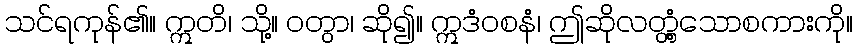
သင်ရကုန်၏။ ဣတိ၊ သို့။ ဝတွာ၊ ဆို၍။ ဣဒံဝစနံ၊ ဤဆိုလတ္တံ့သောစကားကို။